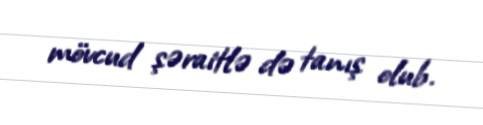
mövcud şəraitlə də tanış olub.